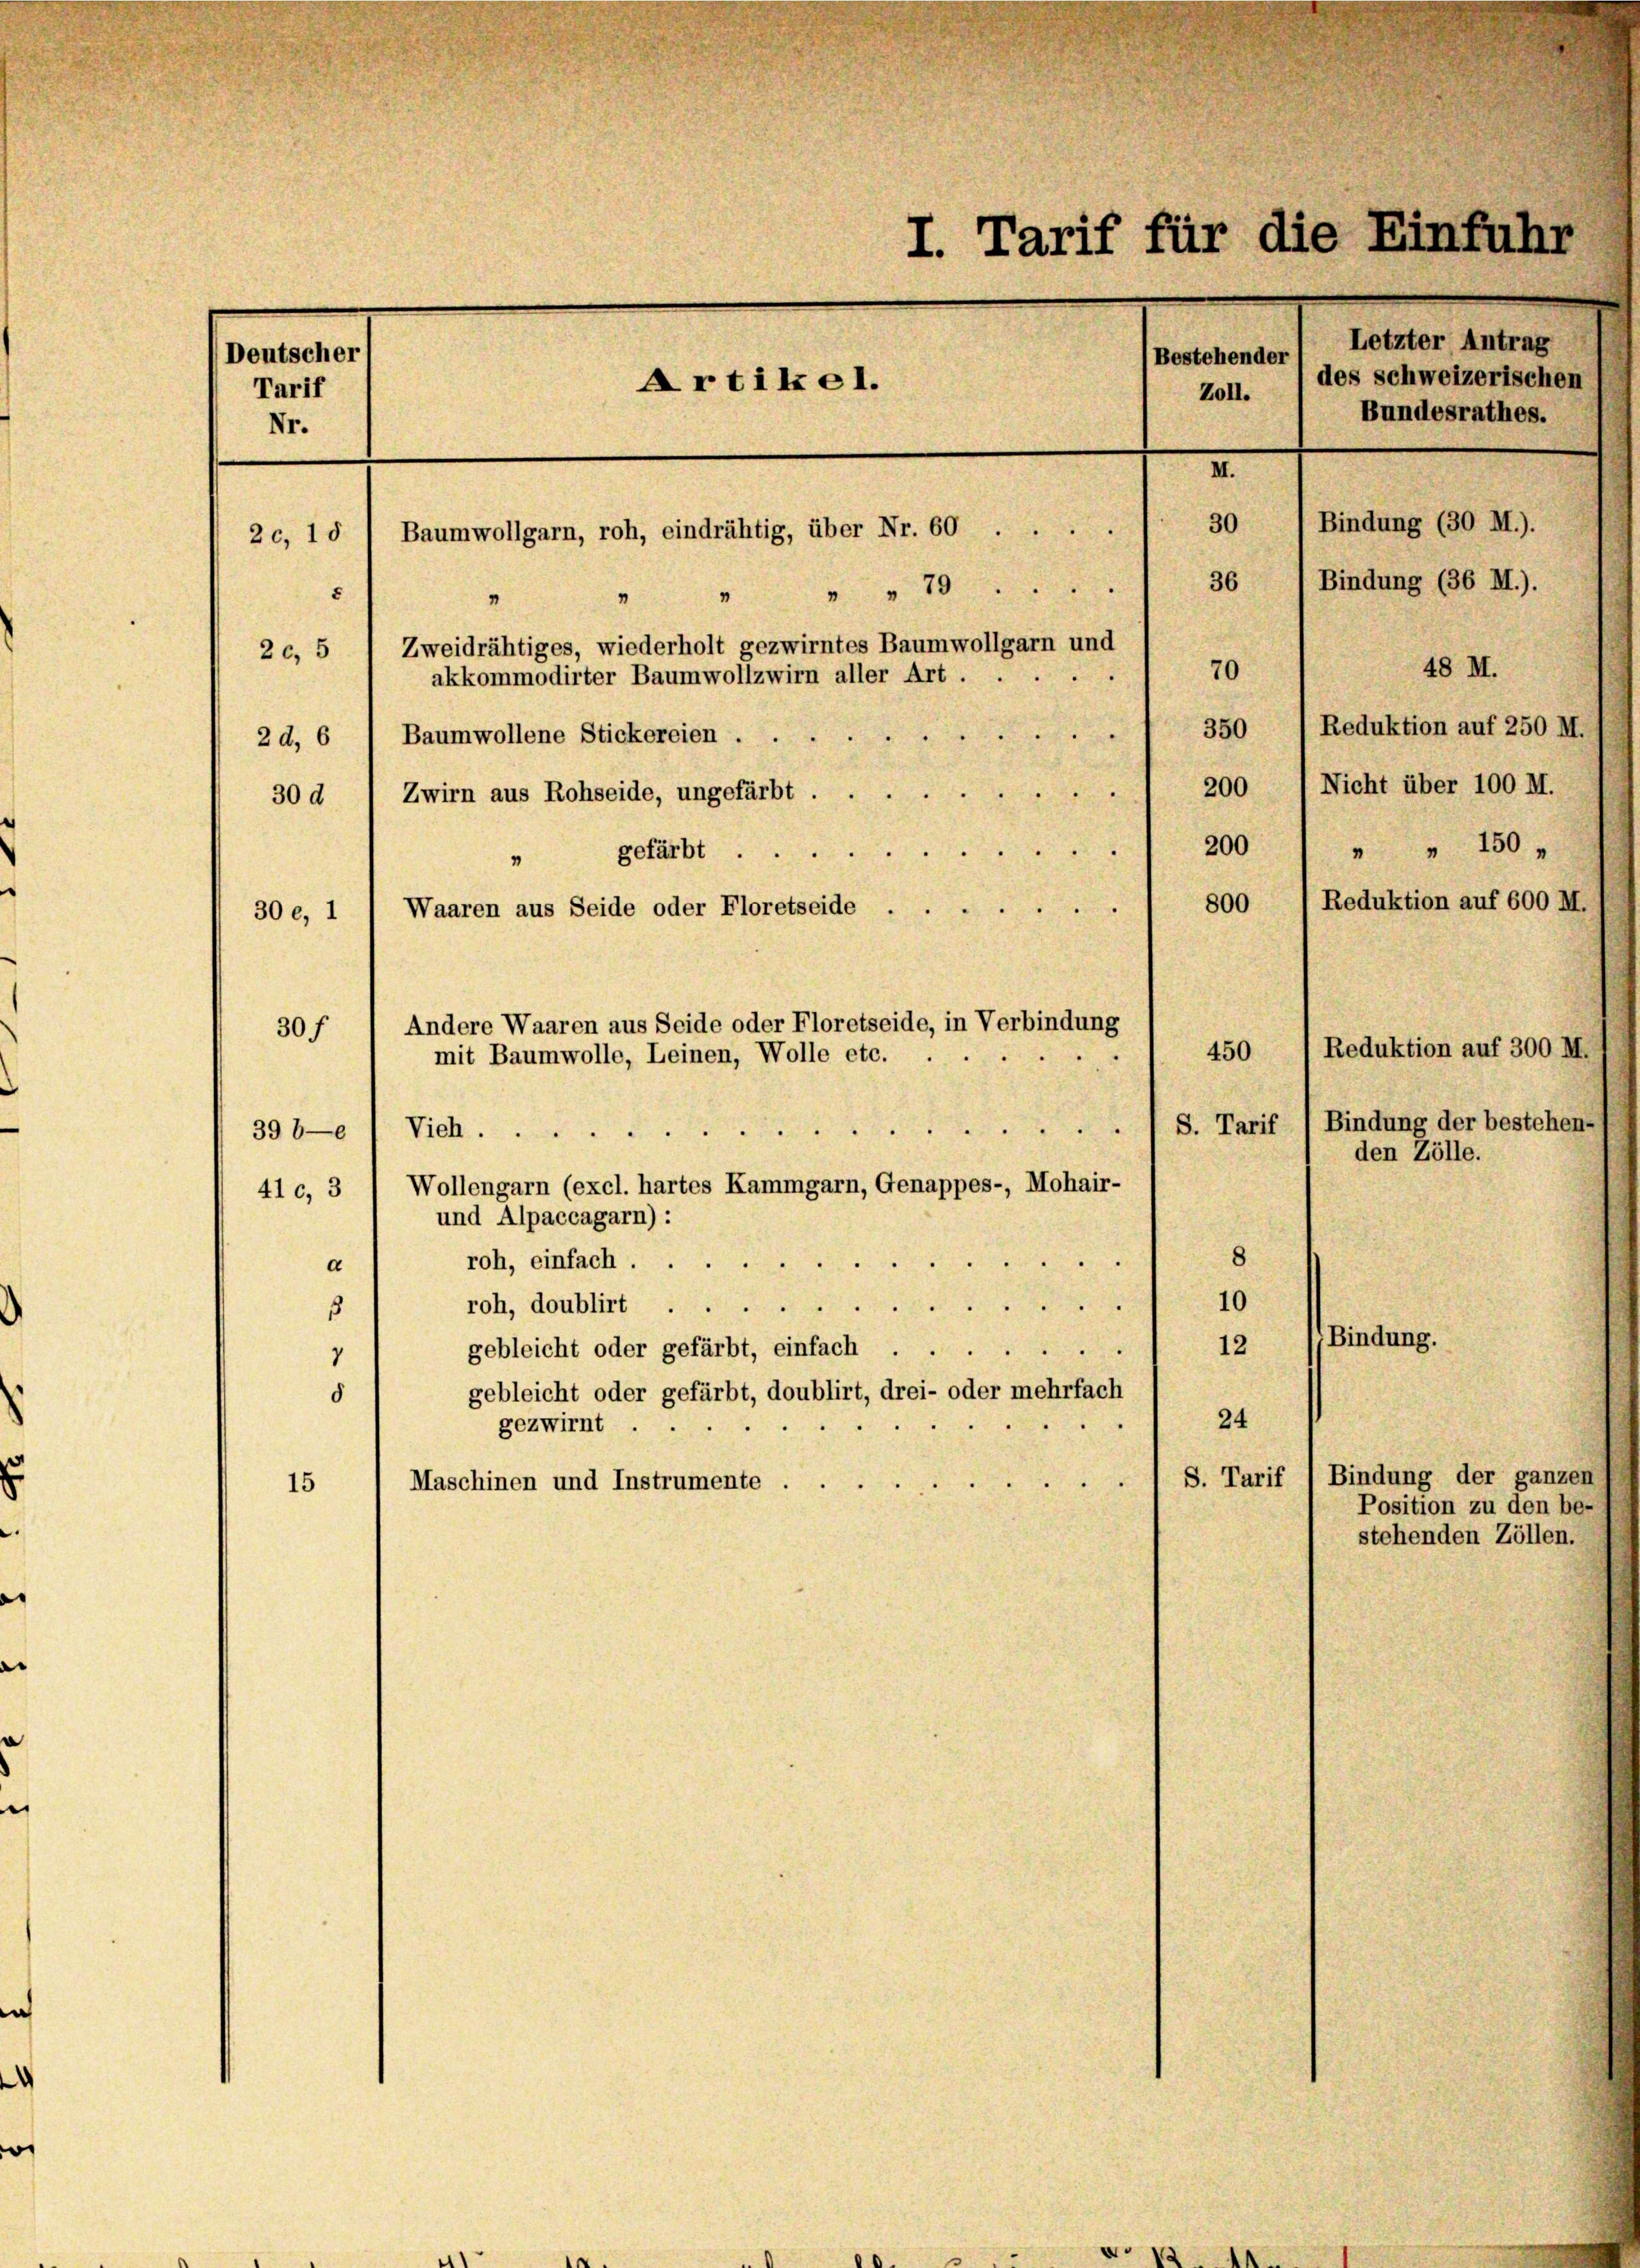
I. Tarif für die Einfuhr
Deutscher
Bestehender
Zol. 1 des schweizerischen
Artikel.
Tarif
Nr.
II
30
Bindung (30 M.).
Baumwollgarn, roh, eindrähtig, über Nr. 60.
20, 18
Bindung (36 M.).
36
" 70
"
1
Zweidrähtiges, wiederholt gezwirntes Baumwollgarn und
20, 5
48 M.
70
akkommodirter Baumwollzwirn aller Art . . .
1 350 /Reduktion auf 250 M.
Baumwollene Stickereien .
2d, 6
 200 1 Nicht über 100 M.
30 d, Zwirn aus Rohseide, ungefärbt . .
gefärbt 200 / „ „ 150 „

30 e, 1 l Waaren aus Seide oder Floretseide
Andere Waaren aus Seide oder Floretseide, in Verbindung
30 f
450
mit Baumwolle, Leinen, Wolle etc.

Vieh.
398—
Wollengarn (excl. hartes Kammgarn, Genappes-, Mohair-
41 c, 3
und Alpaccagarn):
8
roh, einfach ...
d
10
roh, doublirt .
5
12
gebleicht oder gefärbt, einfach . .
1
gebleicht oder gefärbt, doublirt, drei- oder mehrfach
8
24
gezwirnt
S. Tarif
5
Maschinen und Instrumente
15

1 800

Reduktion auf 300 M.

Letzter Antrag
Bundesrathes.

Reduktion auf 600 M.

S. Tarif 1 Bindung der bestehen-
den Zölle.

Bindung.

Bindung der ganzen
Position zu den be-
stehenden Zöllen.